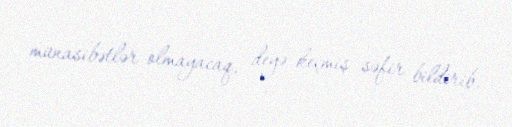
münasibətlər olmayacaq, deyə keçmiş səfir bildirib.